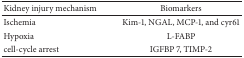
<table><thead><tr><td><b>Kidney injury mechanism</b></td><td><b>Biomarkers</b></td></tr></thead><tbody><tr><td>Ischemia</td><td>Kim-1, NGAL, MCP-1, and cyr61</td></tr><tr><td>Hypoxia</td><td>L-FABP</td></tr><tr><td>cell-cycle arrest</td><td>IGFBP 7, TIMP-2</td></tr></tbody></table>